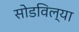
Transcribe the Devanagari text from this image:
सोडविल्या